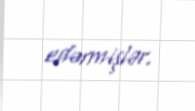
edərmişlər.